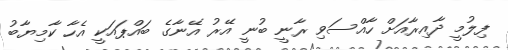
ފިލުމީ ދާއިރާއަށް ހާއްސަވި ރާނީ ބުނީ އޭރު އޭނާގެ ބައްޕައަކީ އެހާ ކާމިޔާބު